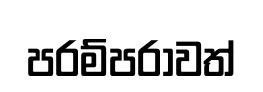
පරම්පරාවත්